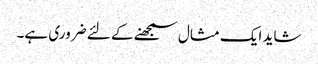
شاید ایک مثال سمجھنے کے لئے ضروری ہے۔